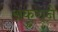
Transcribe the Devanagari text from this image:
अंकुराने